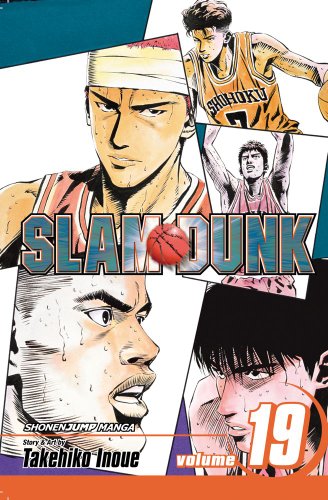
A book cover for Slam Dunk, Vol. 19; Takehiko Inoue; Comics & Graphic Novels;